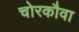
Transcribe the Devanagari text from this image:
चोरकौवा